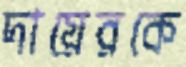
দায়েরকে